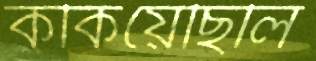
ককিয়েছিলি